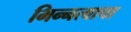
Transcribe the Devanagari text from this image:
भिन्नत्वाचा